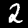
Digit: 2